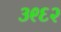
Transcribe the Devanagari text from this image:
३९६२